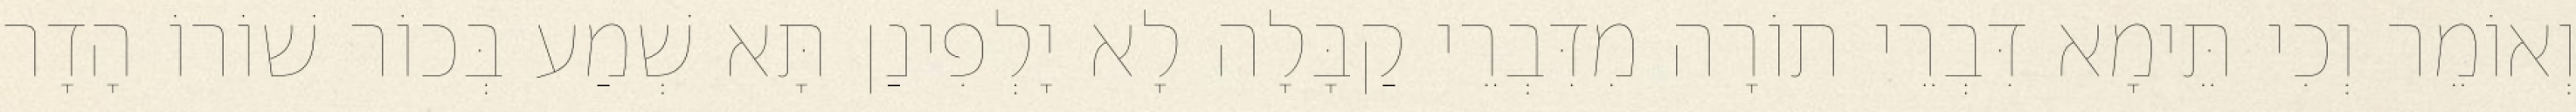
וְאוֹמֵר וְכִי תֵּימָא דִּבְרֵי תוֹרָה מִדִּבְרֵי קַבָּלָה לָא יָלְפִינַן תָּא שְׁמַע בְּכוֹר שׁוֹרוֹ הָדָר